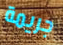
جريمة